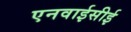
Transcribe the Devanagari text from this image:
एनवाईसीई